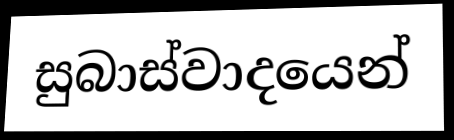
සුබාස්වාදයෙන්